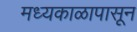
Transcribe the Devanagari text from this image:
मध्यकाळापासून